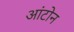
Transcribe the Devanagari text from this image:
आंटोन